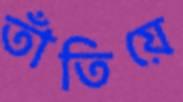
তাঁতিয়ে